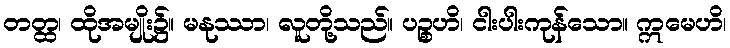
တတ္ထ၊ ထိုအမျိုး၌။ မနုဿာ၊ လူတို့သည်။ ပဉ္စဟိ၊ ငါးပါးကုန်သော။ ဣမေဟိ၊